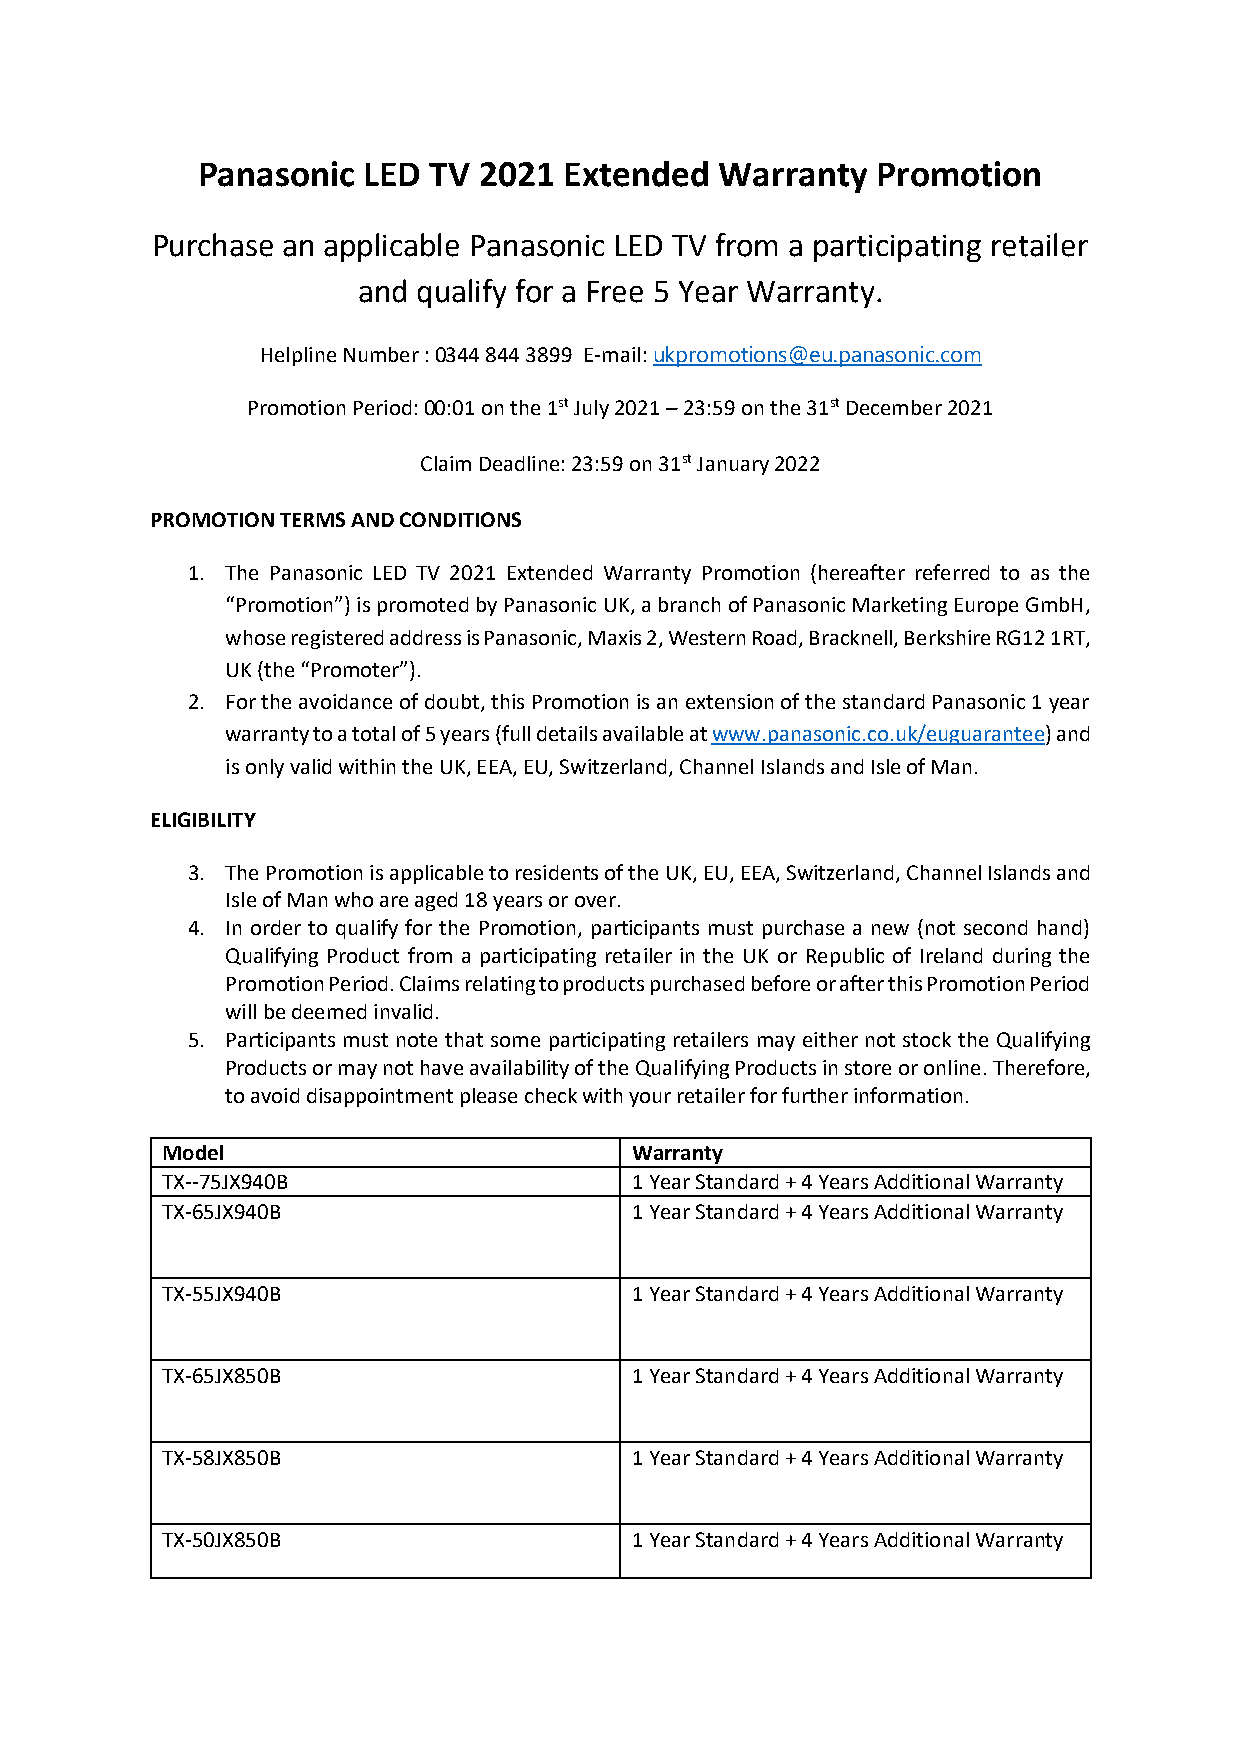
Panasonic  LED TV  2021 Extended   Warranty  Promotion
 Purchase an applicable Panasonic LED TV from a participating retailer
 and qualify for a Free 5 Year Warranty.
 Helpline Number : 0344 844 3899 E-mail: ukpromotions@eu.panasonic.com
 Promotion Period: 00:01 on the 1st July 2021 – 23:59 on the 31st December 2021
 Claim Deadline: 23:59 on 31st January 2022
 PROMOTION TERMS AND CONDITIONS
 1. The Panasonic LED TV 2021 Extended Warranty Promotion (hereafter referred to as the
 “Promotion”) is promoted by Panasonic UK, a branch of Panasonic Marketing Europe GmbH,
 whose registered address is Panasonic, Maxis 2, Western Road, Bracknell, Berkshire RG12 1RT,
 UK (the “Promoter”).
 2. For the avoidance of doubt, this Promotion is an extension of the standard Panasonic 1 year
 warranty to a total of 5 years (full details available at www.panasonic.co.uk/euguarantee) and
 is only valid within the UK, EEA, EU, Switzerland, Channel Islands and Isle of Man.
 ELIGIBILITY
 3. The Promotion is applicable to residents of the UK, EU, EEA, Switzerland, Channel Islands and
 Isle of Man who are aged 18 years or over.
 4. In order to qualify for the Promotion, participants must purchase a new (not second hand)
 Qualifying Product from a participating retailer in the UK or Republic of Ireland during the
 Promotion Period. Claims relating to products purchased before or after this Promotion Period
 will be deemed invalid.
 5. Participants must note that some participating retailers may either not stock the Qualifying
 Products or may not have availability of the Qualifying Products in store or online. Therefore,
 to avoid disappointment please check with your retailer for further information.
 Model                          Warranty
 TX--75JX940B                   1 Year Standard + 4 Years Additional Warranty
 TX-65JX940B                    1 Year Standard + 4 Years Additional Warranty
 TX-55JX940B                    1 Year Standard + 4 Years Additional Warranty
 TX-65JX850B                    1 Year Standard + 4 Years Additional Warranty
 TX-58JX850B                    1 Year Standard + 4 Years Additional Warranty
 TX-50JX850B                    1 Year Standard + 4 Years Additional Warranty